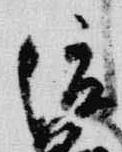
俊